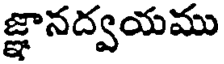
జ్ఞానద్వయము